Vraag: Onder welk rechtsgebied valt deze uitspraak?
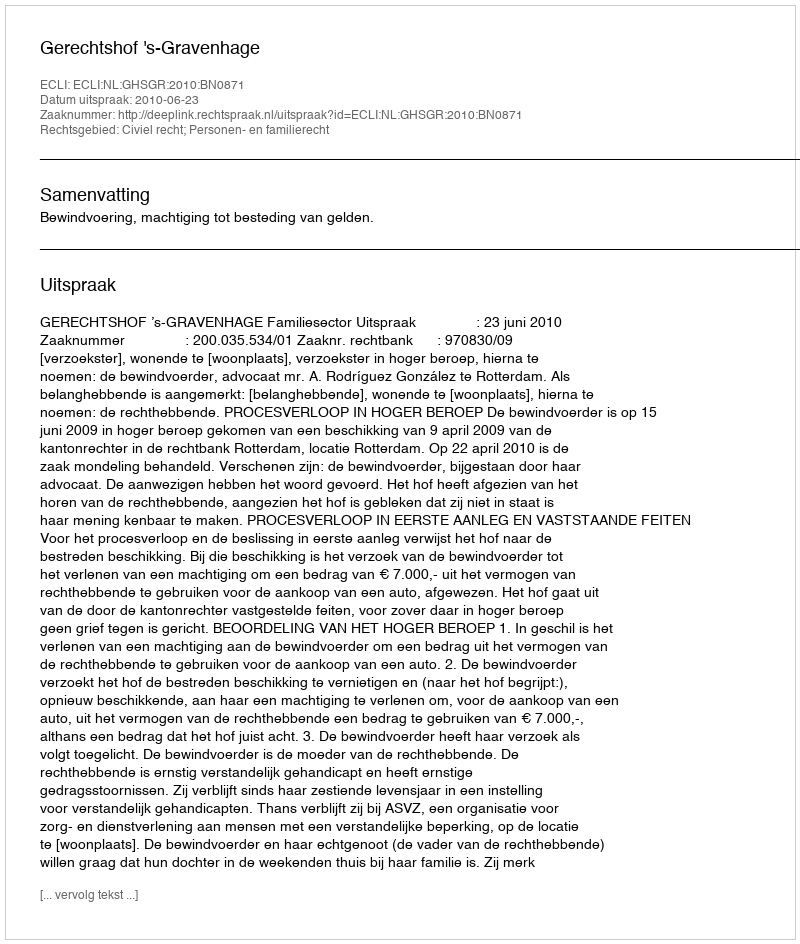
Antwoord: Civiel recht; Personen- en familierecht